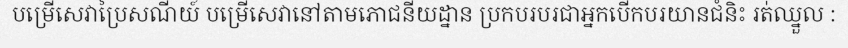
បម្រើសេវាប្រៃសណីយ៍ បម្រើសេវានៅតាមភោជនីយដ្នាន ប្រកបរបរជាអ្នកបើកបរយានជំនិះ រត់ឈ្នួល :